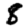
Digit: 8